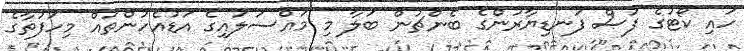
ހައި ކޯޓުގެ ފަސް ފަނޑިޔާރުންގެ ބެންޗުން ބަލާ މި މައްސަލައިގެ އަޑުއެހުންތައް މިހަފުތާގެ